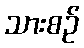
သားစဉ်